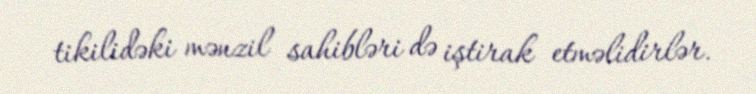
tikilidəki mənzil sahibləri də iştirak etməlidirlər.